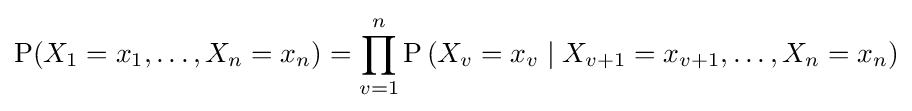
\operatorname {P} (X_{1}=x_{1},\ldots ,X_{n}=x_{n})=\prod _{v=1}^{n}\operatorname {P} \left(X_{v}=x_{v}\mid X_{v+1}=x_{v+1},\ldots ,X_{n}=x_{n}\right)